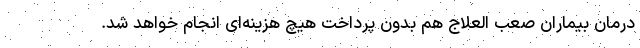
درمان بیماران صعب العلاج هم بدون پرداخت هیچ هزینه‌ای انجام خواهد شد.